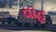
વાહ